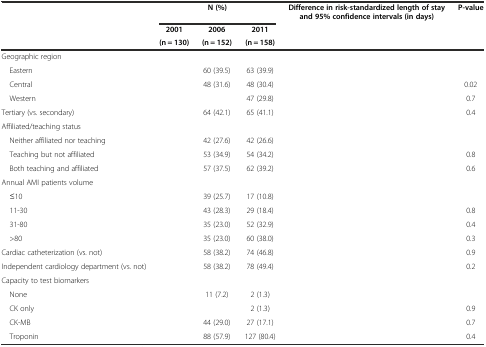
<table><thead><tr><td>[EMPTY_CELL]</td><td colspan="3"><b>N (%)</b></td><td><b>Difference in risk-standardized length of stay and 95%confidence intervals (in days)</b></td><td><b>P-value</b></td></tr><tr><td>[EMPTY_CELL]</td><td><b>2001</b></td><td><b>2006</b></td><td><b>2011</b></td><td>[EMPTY_CELL]</td><td>[EMPTY_CELL]</td></tr><tr><td>[EMPTY_CELL]</td><td><b>(n = 130)</b></td><td><b>(n = 152)</b></td><td><b>(n = 158)</b></td><td>[EMPTY_CELL]</td><td>[EMPTY_CELL]</td></tr></thead><tbody><tr><td>Geographic region</td><td>[EMPTY_CELL]</td><td>[EMPTY_CELL]</td><td>[EMPTY_CELL]</td><td>[EMPTY_CELL]</td><td>[EMPTY_CELL]</td></tr><tr><td> Eastern</td><td>[EMPTY_CELL]</td><td>60 (39.5)</td><td>63 (39.9)</td><td>[EMPTY_CELL]</td><td>[EMPTY_CELL]</td></tr><tr><td> Central</td><td>[EMPTY_CELL]</td><td>48 (31.6)</td><td>48 (30.4)</td><td>[EMPTY_CELL]</td><td>0.02</td></tr><tr><td> Western</td><td>[EMPTY_CELL]</td><td>[EMPTY_CELL]</td><td>47 (29.8)</td><td>[EMPTY_CELL]</td><td>0.7</td></tr><tr><td>Tertiary (vs. secondary)</td><td>[EMPTY_CELL]</td><td>64 (42.1)</td><td>65 (41.1)</td><td>[EMPTY_CELL]</td><td>0.4</td></tr><tr><td>Affiliated/teaching status</td><td>[EMPTY_CELL]</td><td>[EMPTY_CELL]</td><td>[EMPTY_CELL]</td><td>[EMPTY_CELL]</td><td>[EMPTY_CELL]</td></tr><tr><td> Neither affiliated nor teaching</td><td>[EMPTY_CELL]</td><td>42 (27.6)</td><td>42 (26.6)</td><td>[EMPTY_CELL]</td><td>[EMPTY_CELL]</td></tr><tr><td> Teaching but not affiliated</td><td>[EMPTY_CELL]</td><td>53 (34.9)</td><td>54 (34.2)</td><td>[EMPTY_CELL]</td><td>0.8</td></tr><tr><td> Both teaching and affiliated</td><td>[EMPTY_CELL]</td><td>57 (37.5)</td><td>62 (39.2)</td><td>[EMPTY_CELL]</td><td>0.6</td></tr><tr><td>Annual AMI patients volume</td><td>[EMPTY_CELL]</td><td>[EMPTY_CELL]</td><td>[EMPTY_CELL]</td><td>[EMPTY_CELL]</td><td>[EMPTY_CELL]</td></tr><tr><td> ≤10</td><td>[EMPTY_CELL]</td><td>39 (25.7)</td><td>17 (10.8)</td><td>[EMPTY_CELL]</td><td>[EMPTY_CELL]</td></tr><tr><td> 11-30</td><td>[EMPTY_CELL]</td><td>43 (28.3)</td><td>29 (18.4)</td><td>[EMPTY_CELL]</td><td>0.8</td></tr><tr><td> 31-80</td><td>[EMPTY_CELL]</td><td>35 (23.0)</td><td>52 (32.9)</td><td>[EMPTY_CELL]</td><td>0.4</td></tr><tr><td> &gt;80</td><td>[EMPTY_CELL]</td><td>35 (23.0)</td><td>60 (38.0)</td><td>[EMPTY_CELL]</td><td>0.3</td></tr><tr><td>Cardiac catheterization (vs. not)</td><td>[EMPTY_CELL]</td><td>58 (38.2)</td><td>74 (46.8)</td><td>[EMPTY_CELL]</td><td>0.9</td></tr><tr><td>Independent cardiology department (vs. not)</td><td>[EMPTY_CELL]</td><td>58 (38.2)</td><td>78 (49.4)</td><td>[EMPTY_CELL]</td><td>0.2</td></tr><tr><td>Capacity to test biomarkers</td><td>[EMPTY_CELL]</td><td>[EMPTY_CELL]</td><td>[EMPTY_CELL]</td><td>[EMPTY_CELL]</td><td>[EMPTY_CELL]</td></tr><tr><td> None</td><td>[EMPTY_CELL]</td><td>11 (7.2)</td><td>2 (1.3)</td><td>[EMPTY_CELL]</td><td>[EMPTY_CELL]</td></tr><tr><td> CK only</td><td>[EMPTY_CELL]</td><td>[EMPTY_CELL]</td><td>2 (1.3)</td><td>[EMPTY_CELL]</td><td>0.9</td></tr><tr><td> CK-MB</td><td>[EMPTY_CELL]</td><td>44 (29.0)</td><td>27 (17.1)</td><td>[EMPTY_CELL]</td><td>0.7</td></tr><tr><td> Troponin</td><td>[EMPTY_CELL]</td><td>88 (57.9)</td><td>127 (80.4)</td><td>[EMPTY_CELL]</td><td>0.4</td></tr></tbody></table>